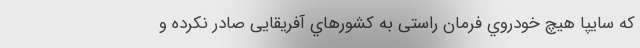
كه سايپا هيچ خودروي فرمان راستی به كشورهاي آفريقايی صادر نكرده و